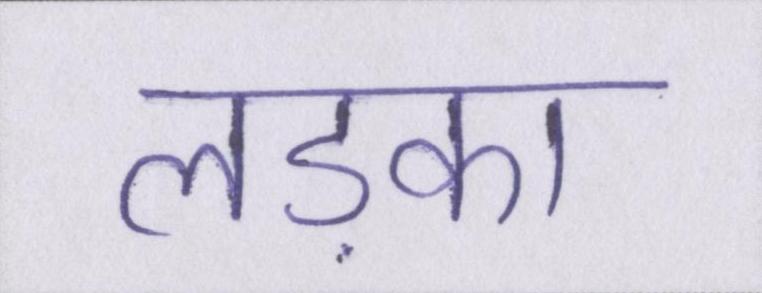
लड़का